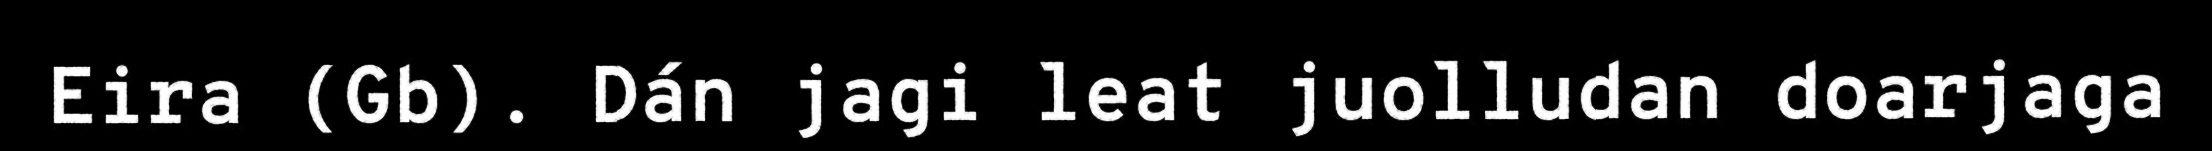
Eira (Gb). Dán jagi leat juolludan doarjaga